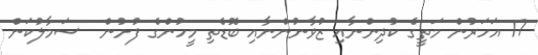
17 އަހަރުން މަތީގެ ކުދިންނާއި ޒުވާނުންނާއި ބޮޑެތި މީހުންގެ ފުށުން  ސަމާލުކަން